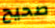
صحيح